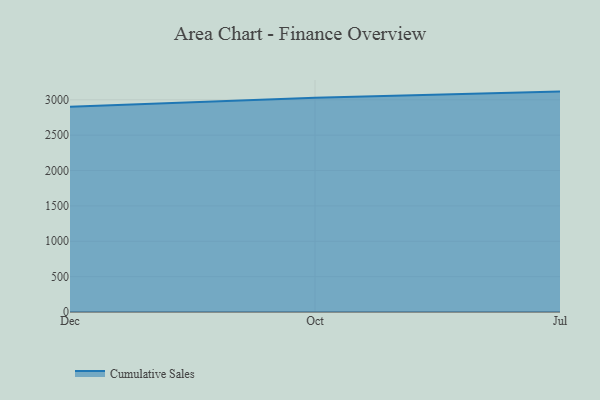
{"axis": {"x": "Month", "y": "Net Income (USD K)"}, "legend": ["Cumulative Sales"], "data": [{"x": "Dec", "y": 2902.8, "type": "Cumulative Sales"}, {"x": "Oct", "y": 3030.6, "type": "Cumulative Sales"}, {"x": "Jul", "y": 3116.0, "type": "Cumulative Sales"}]}